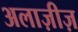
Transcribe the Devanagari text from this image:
अलाज़ीज़